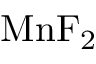
\mathrm { M n F _ { 2 } }